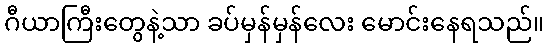
ဂီယာကြီးတွေနဲ့သာ ခပ်မှန်မှန်လေး မောင်းနေရသည်။